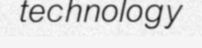
technology